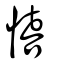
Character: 憘